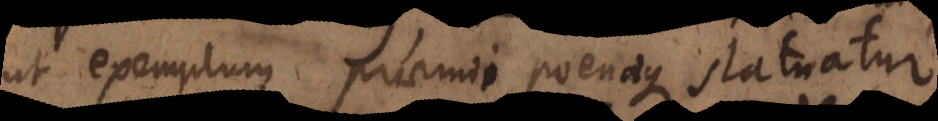
ut exemplum praemii poenaeque statuatur,